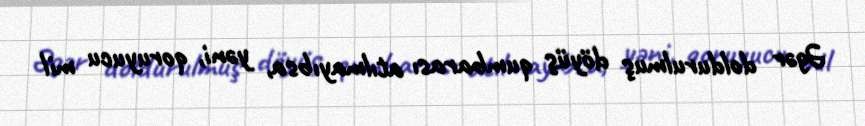
Əgər doldurulmuş döyüş qumbarası atılmayıbsa, yəni, qoruyucu mil